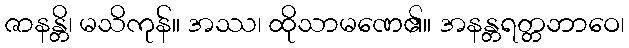
ဇာနန္တိ၊ မသိကုန်။ အဿ၊ ထိုသာမဏေ၏။ အနန္တရတ္တဘာဝေ၊